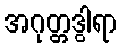
အဂုတ္တဒွါရာ